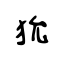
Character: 狁